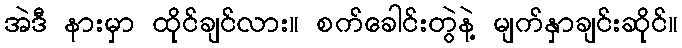
အဲဒီ နားမှာ ထိုင်ချင်လား။ စက်ခေါင်းတွဲနဲ့ မျက်နှာချင်းဆိုင်။